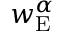
w _ { \mathrm { E } } ^ { \alpha }